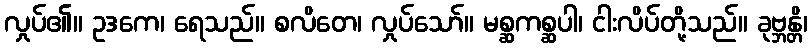
လှုပ်၏။ ဥဒကေ၊ ရေသည်။ စလိတေ၊ လှုပ်သော်။ မစ္ဆကစ္ဆပါ၊ ငါးလိပ်တို့သည်။ ခုဗ္ဘန္တိ၊